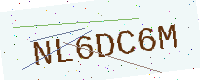
Text: NL6DC6M